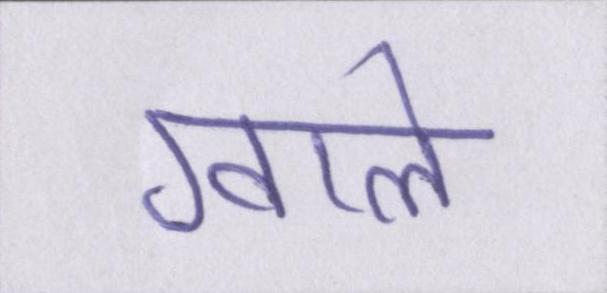
ग्वाले